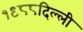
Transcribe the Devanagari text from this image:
१९८८दिल्ली